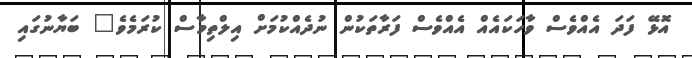
އޮޅޭ ފަދަ އެއްވެސް ވާހަކައެއް އެއްވެސް ފަރާތަކުން ނުދެއްކުމަށް އިލްތިމާސް ކުރަމެވެ" ބަޔާނުގައި